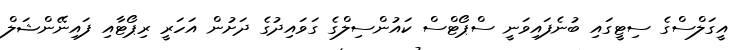
އީގަލްސްގެ ސިޓީގައި ބުނެފައިވަނީ ސްޕޯޓްސް ކައުންސިލްގެ ގަވައިދުގެ ދަށުން އަހަރީ ރިޕޯޓާއި ފައިނޭންޝަލް